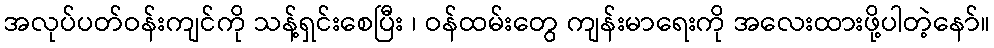
အလုပ်ပတ်ဝန်းကျင်ကို သန့်ရှင်းစေပြီး ၊ ဝန်ထမ်းတွေ ကျန်းမာရေးကို အလေးထားဖို့ပါတဲ့နော်။